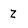
Character: z